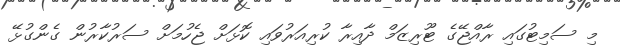
މި ސަމިޓުގައި ރާއްޖޭގެ ޓޫރިޒަމް ދާއިރާ ކުރިއަރުވައި ކޮޅަށް ޖެހުމަށް ސަރުކާރުން ގެންގުޅޭ